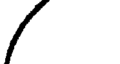
/